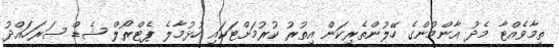
ތިމާވެއްޓާ މެދު އާންމުންގެ ހޭލުންތެރިކަން އިތުރު ކުރުމަށްޓަކައި ހުޅުމާލެ ޕެޓްރޯލް ޝެޑް ސަރަހައްދު